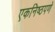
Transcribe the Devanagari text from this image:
एकनिष्ठपणे